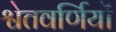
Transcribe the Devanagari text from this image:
श्वेतवर्णियों